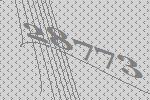
28773